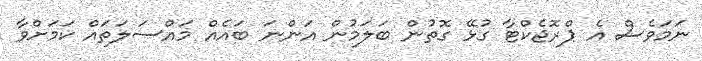
ނަމަވެސް އެ ޕްރޮޖެކްޓާ ގުޅޭ ގޮތުން ބަލަމުން އަންނަ ބައެއް މައްސަލަތައް ކަމަށްވާ